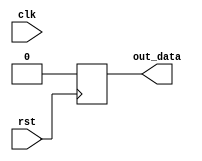
module reset_behavioral_module (
    input wire clk,
    input wire rst,
    output reg out_data
);

always @(posedge rst) begin
    // Actions to be taken when reset signal is activated
    out_data <= 0; // Reset output data to 0
end

endmodule